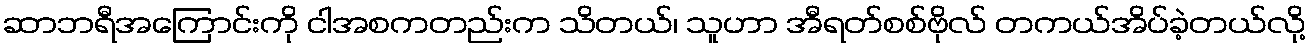
ဆာဘရီအကြောင်းကို ငါအစကတည်းက သိတယ်၊ သူဟာ အီရတ်စစ်ဗိုလ် တကယ်အိပ်ခဲ့တယ်လို့